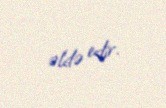
əldə edir.